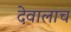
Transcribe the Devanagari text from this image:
देवालाच